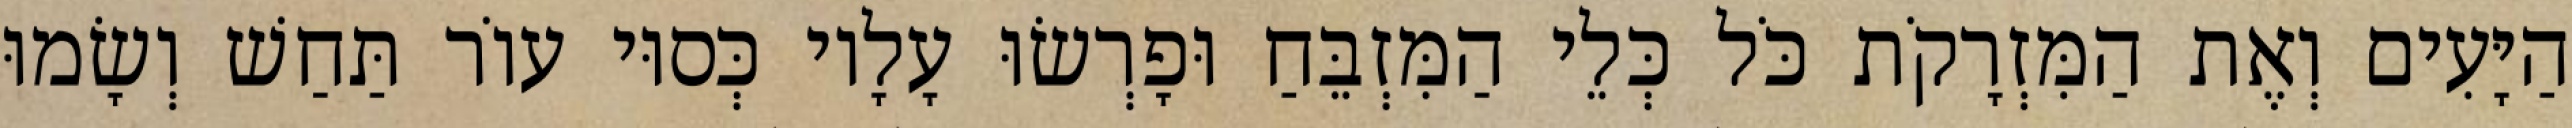
הַיָּעִים וְאֶת הַמִּזְרָקֹת כֹּל כְּלֵי הַמִּזְבֵּחַ וּפָרְשׂוּ עָלָיו כְּסוּי עוֹר תַּחַשׁ וְשָׂמוּ